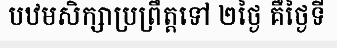
បឋមសិក្សាប្រព្រឹត្តទៅ ២ថ្ងៃ គឺថ្ងៃទី